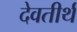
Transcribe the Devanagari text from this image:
देवतीर्थ